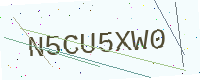
Text: N5CU5XW0